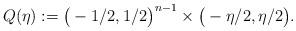
LaTeX: \begin{align*}Q(\eta):=\big(-1/2,1/2\big)^{n-1}\times\big(-\eta/2,\eta/2\big).\end{align*}